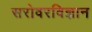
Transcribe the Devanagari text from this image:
सरोवरविज्ञान